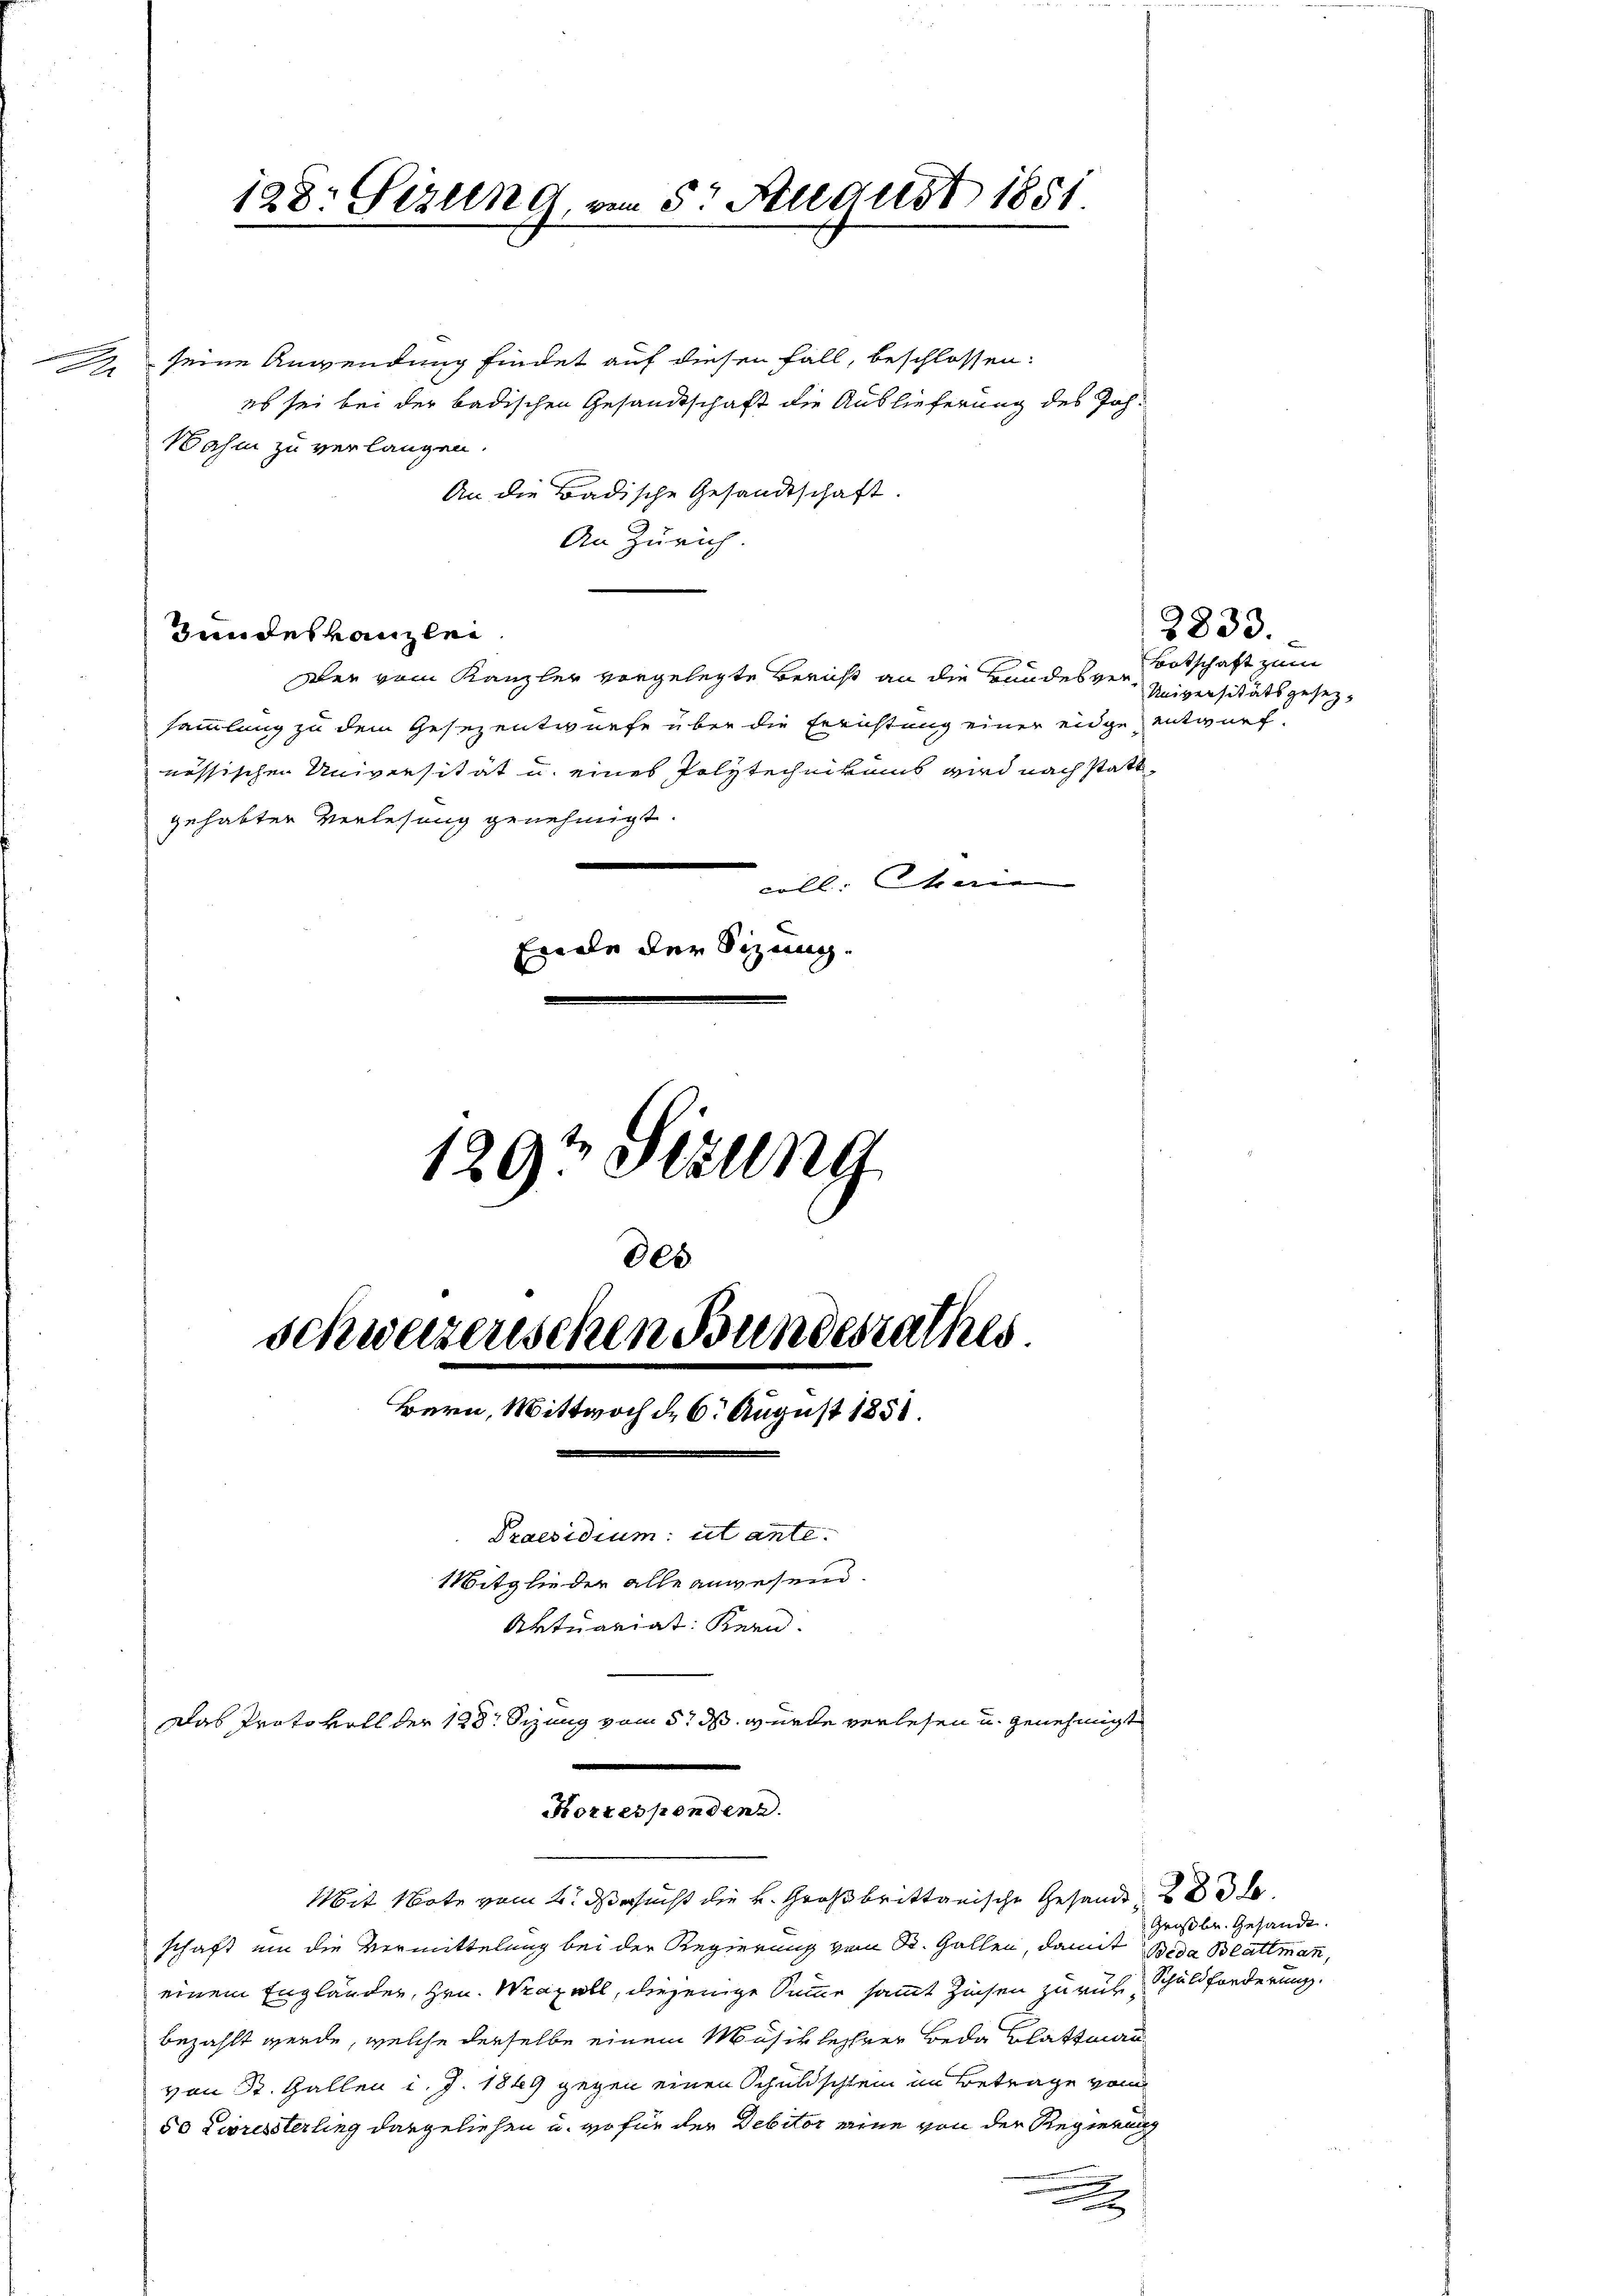
g

Hundeskanzlei

129t Stillng
des
schweizenschen Bundesrathes
Bern, Wittwoch d. 6. August 1851.
Praesidium: ut ante.
Mitglieder alle anwesend.
Aktuariat Kern.

198: Gizung vom 5. August 1851.

schaft um die Vermittelung bei der Regierung vom St. Gallen, damit Beda Blattmann,
einem Engländer, Hrn. Wazell, diejenige Summe sammt Zinsen zurück, Schuldforderung.
bezahlt werde, welche derselbe einem Musiklehrer Beda Blattman
von St. Gallen d. J. 1849 gegen einen Schuldschlein im Betrage von
50 Livressterling dargeliehen u. wo für der Debitor eine von der Regierung
.

Das Protokoll der 128. Sizung vom 5. ds. wurde verlesen u. genehmigt

seine Anwendung findet auf diesen Fall, beschlossen:
es sei bei der badischen Gesandtschaft die Auslieferung des Joh.
Wahm zu verlangen.
An die Badische Gesandtschaft.
An Zürich
Der vom Kanzler vorgelegte Bericht an die Bundes Botschaft zum
sammlung zu dem Gesezentwurfe über die Errichtung einer eidge entwurf.
nössischen Universität u. eines Polytechnikums wird nach stattgehabter Verlesung genehmigt.
e
d
coll. Stein
Eile der Sizung.

Korrespondenz.
Mit Note vom 2. ds ersucht die k. Großbrittanische Gesandt

2833.
Universitätsgesez¬

Großbr. Gesandt.